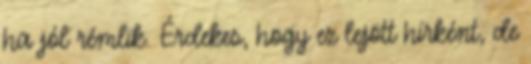
ha jól rémlik. Érdekes, hogy ez lejött hírként, de